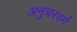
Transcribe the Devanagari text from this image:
अनुचरवर्ग